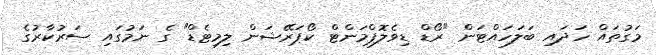
މަގުތައް ހަދައި ބަލަހައްޓަން "ރޯޑް ޑިވެލޮޕްމަންޓް ކޯޕަރޭޝަން ލިމިޓެޑް" ގެ ނަމުގައި ސަރުކާރުގެ